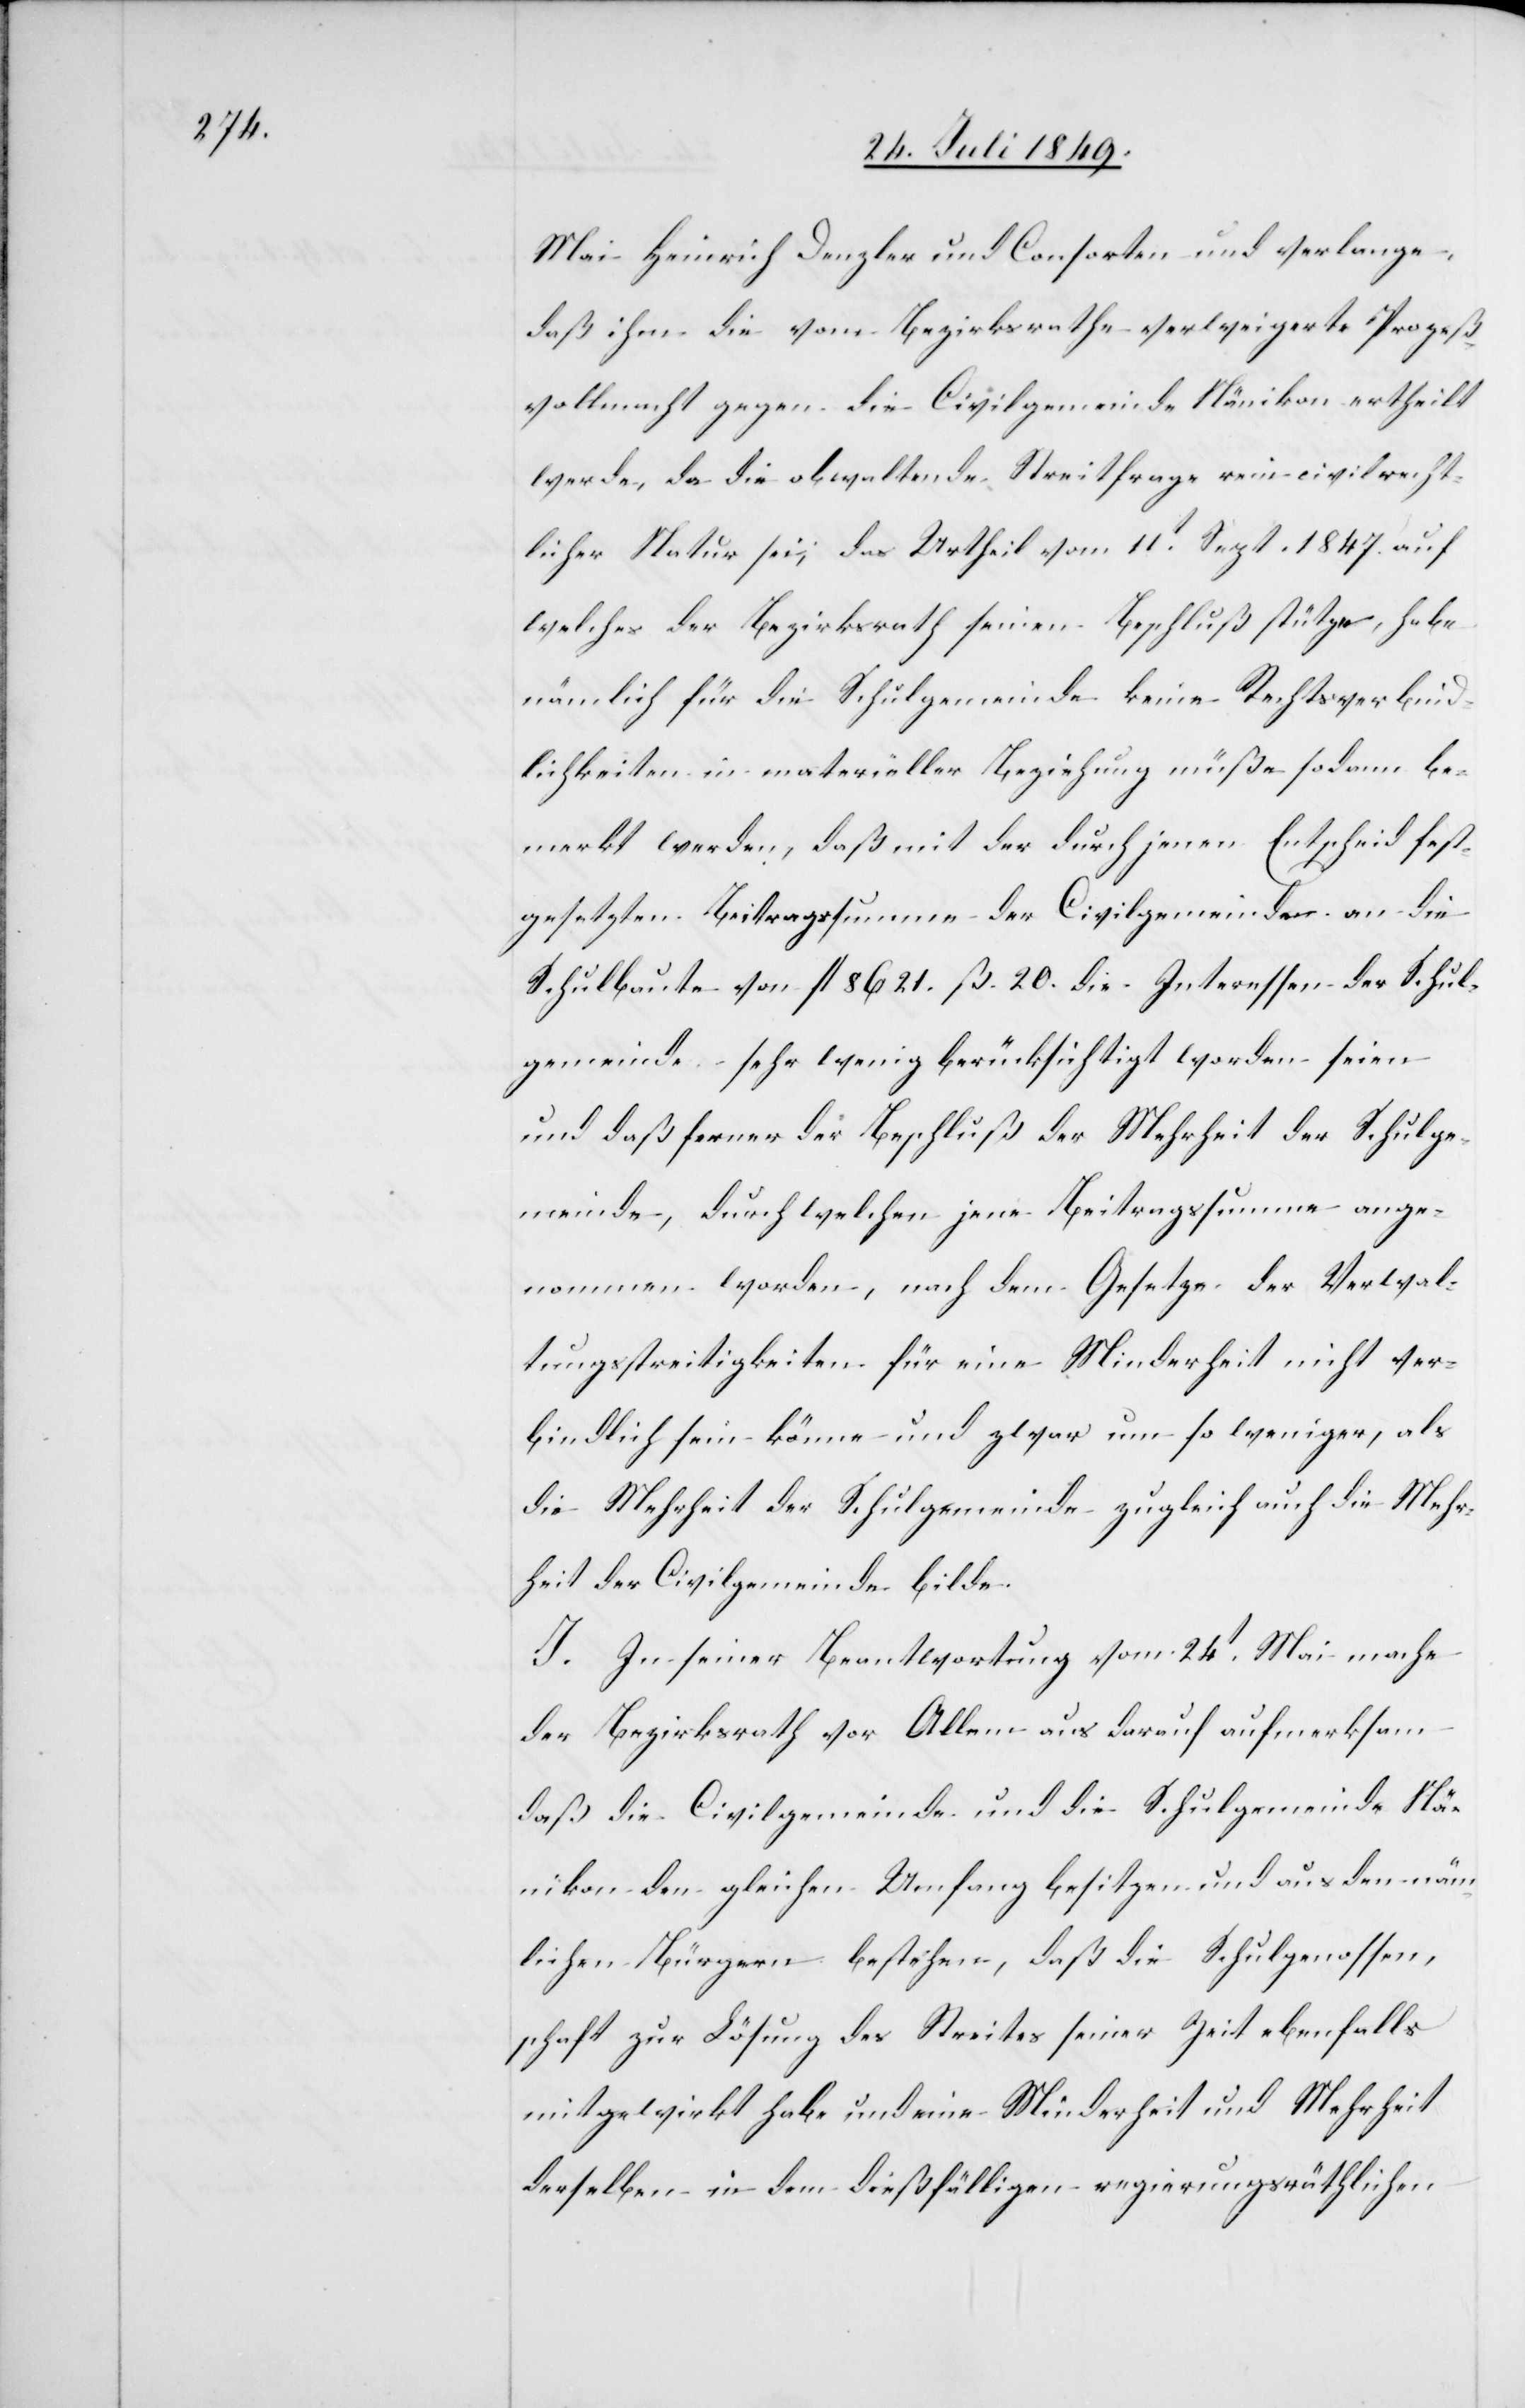
Mai Heinrich Denzler und Consorten und verlange,
daß ihm die vom Bezirksrathe verweigerte Prozeß¬
vollmacht gegen die Civilgemeinde Nänikon ertheilt
werde, da die obwaltende Streitfrage rein civilrecht¬
licher Natur sei, das Urtheil vom 11t Sept. 1847. auf
welches der Bezirksrath seinen Beschluß stütze, habe
nämlich für die Schulgemeinde keine Rechtsverbind¬
lichkeiten in materieller Beziehung müße sodann be¬
merkt werden, daß mit der durch jenen Entscheid fest¬
gesetzten Beitragssumme der Civilgemeinde an die
Schulbaute von fl. 8621. ß. 20. die Interessen der Schul¬
gemeinde sehr wenig berücksichtigt worden seien
und daß ferner der Beschluß der Mehrheit der Schulge¬
meinde, durch welchen jene Beitragssumme ange¬
nommen worden, nach dem Gesetze der Verwal¬
tungsstreitigkeiten für eine Minderheit nicht ver¬
bindlich sein könne und zwar um so weniger, als
die Mehrheit der Schulgemeinde zugleich auch die Mehr¬
heit der Civilgemeinde bilde.
J. In seiner Beantwortung vom 24t Mai mache
der Bezirksrath vor Allem aus darauf aufmerksam
daß die Civilgemeinde und die Schulgemeinde Nä¬
nikon den gleichen Umfang besitzen und aus den näm¬
lichen Bürgern bestehen, daß die Schulgenossen¬
schaft zur Lösung des Streites seiner Zeit ebenfalls
mitgewirkt habe und eine Minderheit und Mehrheit
derselben in dem dießfälligen regierungsräthlichen